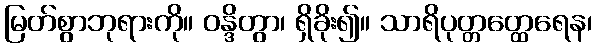
မြတ်စွာဘုရားကို။ ဝန္ဒိတွာ၊ ရှိခိုး၍။ သာရိပုတ္တတ္ထေရေန၊